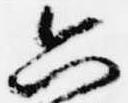
六